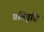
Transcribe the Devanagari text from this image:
प्रतिपुंष्टि